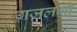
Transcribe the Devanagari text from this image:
ग़ज़लगो